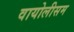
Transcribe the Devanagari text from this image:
वायोलीसम